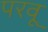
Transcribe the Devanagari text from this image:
परवू